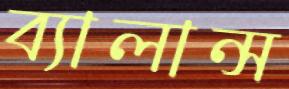
ব্যালান্স